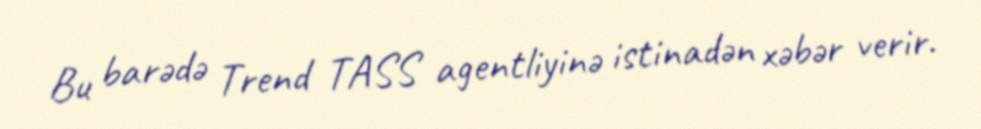
Bu barədə Trend TASS agentliyinə istinadən xəbər verir.